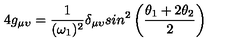
4 g _ { \mu \upsilon } = { \frac { 1 } { ( \omega _ { 1 } ) ^ { 2 } } } \delta _ { \mu \upsilon } s i n ^ { 2 } \left( { \frac { \theta _ { 1 } + 2 \theta _ { 2 } } { 2 } } \right)